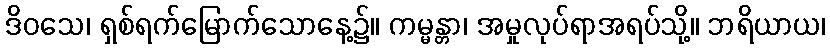
ဒိဝသေ၊ ရှစ်ရက်မြောက်သောနေ့၌။ ကမ္မန္တာ၊ အမှုလုပ်ရာအရပ်သို့။ ဘရိယာယ၊